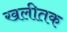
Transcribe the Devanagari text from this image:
खलीतक